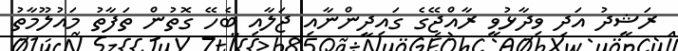
ރަޝީދު އަދި ވިދާޅުވީ ރާއްޖޭގެ ގައިދީންނާއި ޖަލާއި ބެހޭ ގޮތުން ތަފާތު މައުލޫމާތު